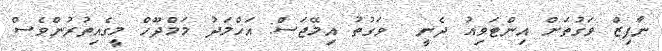
ނާފިޒް ވަގުތަށް އިންޓަވިއު ދެނީ  ވަގުތު އިމޭޖަސް: އަހްމަދު މަމްދޫހް މީގެއިތުރުންވެސް